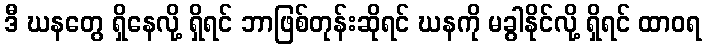
ဒီ ဃနတွေ ရှိနေလို့ ရှိရင် ဘာဖြစ်တုန်းဆိုရင် ဃနကို မခွါနိုင်လို့ ရှိရင် ထာဝရ